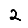
Digit: 2